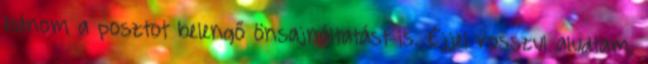
bánom a posztot belengő önsajnáltatást is. Éjjel rosszul aludtam,